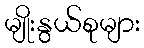
မျိုးနွယ်စုများ